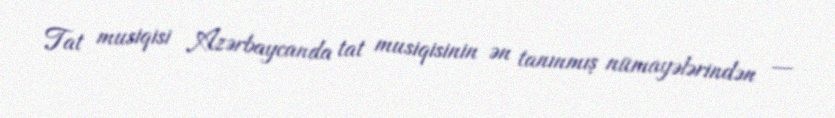
Tat musiqisi Azərbaycanda tat musiqisinin ən tanınmış nümayələrindən —